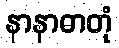
နာနာဓာတုံ